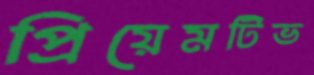
প্রিয়েমটিভ